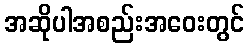
အဆိုပါအစည်းအဝေးတွင်